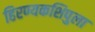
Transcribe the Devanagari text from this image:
हिरण्यकशिपुला